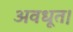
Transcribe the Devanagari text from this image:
अवधूत।